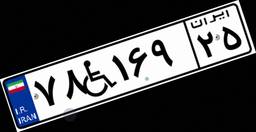
۴۳W۳۷۹۰۳